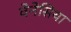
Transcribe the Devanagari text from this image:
वेनेसिया